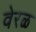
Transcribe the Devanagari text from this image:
वेरळ